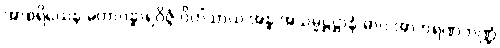
အာစရိယေန မဟာဂန္ဓာရဝိဇ္ဇံ ဝိဟိံသာယ အန္ဓ အသမ္မဋ္ဌဋ္ဌာနံ ဓာဝ အာဘရဏဘဏ္ဍံ